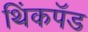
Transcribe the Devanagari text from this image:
थिंकपॅड